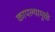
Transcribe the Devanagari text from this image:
कापल्यामुळे